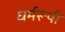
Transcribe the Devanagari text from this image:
धर्मरूपी